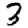
Digit: 3